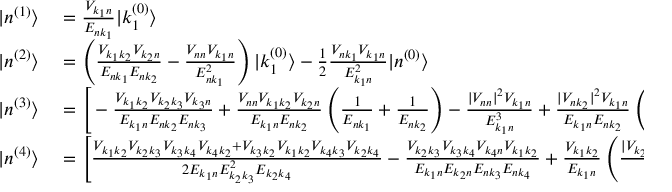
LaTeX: \begin{array} { r l } { | n ^ { ( 1 ) } \rangle } & { { } = { \frac { V _ { k _ { 1 } n } } { E _ { n k _ { 1 } } } } | k _ { 1 } ^ { ( 0 ) } \rangle } \\ { | n ^ { ( 2 ) } \rangle } & { { } = \left( { \frac { V _ { k _ { 1 } k _ { 2 } } V _ { k _ { 2 } n } } { E _ { n k _ { 1 } } E _ { n k _ { 2 } } } } - { \frac { V _ { n n } V _ { k _ { 1 } n } } { E _ { n k _ { 1 } } ^ { 2 } } } \right) | k _ { 1 } ^ { ( 0 ) } \rangle - { \frac { 1 } { 2 } } { \frac { V _ { n k _ { 1 } } V _ { k _ { 1 } n } } { E _ { k _ { 1 } n } ^ { 2 } } } | n ^ { ( 0 ) } \rangle } \\ { | n ^ { ( 3 ) } \rangle } & { { } = { \Bigg [ } - { \frac { V _ { k _ { 1 } k _ { 2 } } V _ { k _ { 2 } k _ { 3 } } V _ { k _ { 3 } n } } { E _ { k _ { 1 } n } E _ { n k _ { 2 } } E _ { n k _ { 3 } } } } + { \frac { V _ { n n } V _ { k _ { 1 } k _ { 2 } } V _ { k _ { 2 } n } } { E _ { k _ { 1 } n } E _ { n k _ { 2 } } } } \left( { \frac { 1 } { E _ { n k _ { 1 } } } } + { \frac { 1 } { E _ { n k _ { 2 } } } } \right) - { \frac { | V _ { n n } | ^ { 2 } V _ { k _ { 1 } n } } { E _ { k _ { 1 } n } ^ { 3 } } } + { \frac { | V _ { n k _ { 2 } } | ^ { 2 } V _ { k _ { 1 } n } } { E _ { k _ { 1 } n } E _ { n k _ { 2 } } } } \left( { \frac { 1 } { E _ { n k _ { 1 } } } } + { \frac { 1 } { 2 E _ { n k _ { 2 } } } } \right) { \Bigg ] } | k _ { 1 } ^ { ( 0 ) } \rangle } \\ { | n ^ { ( 4 ) } \rangle } & { { } = { \Bigg [ } { \frac { V _ { k _ { 1 } k _ { 2 } } V _ { k _ { 2 } k _ { 3 } } V _ { k _ { 3 } k _ { 4 } } V _ { k _ { 4 } k _ { 2 } } + V _ { k _ { 3 } k _ { 2 } } V _ { k _ { 1 } k _ { 2 } } V _ { k _ { 4 } k _ { 3 } } V _ { k _ { 2 } k _ { 4 } } } { 2 E _ { k _ { 1 } n } E _ { k _ { 2 } k _ { 3 } } ^ { 2 } E _ { k _ { 2 } k _ { 4 } } } } - { \frac { V _ { k _ { 2 } k _ { 3 } } V _ { k _ { 3 } k _ { 4 } } V _ { k _ { 4 } n } V _ { k _ { 1 } k _ { 2 } } } { E _ { k _ { 1 } n } E _ { k _ { 2 } n } E _ { n k _ { 3 } } E _ { n k _ { 4 } } } } + { \frac { V _ { k _ { 1 } k _ { 2 } } } { E _ { k _ { 1 } n } } } \left( { \frac { | V _ { k _ { 2 } k _ { 3 } } | ^ { 2 } V _ { k _ { 2 } k _ { 2 } } } { E _ { k _ { 2 } k _ { 3 } } ^ { 3 } } } - { \frac { | V _ { n k _ { 3 } } | ^ { 2 } V _ { k _ { 2 } n } } { E _ { k _ { 3 } n } ^ { 2 } E _ { k _ { 2 } n } } } \right) } \end{array}